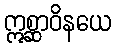
ဣစ္ဆာဝိနယေ